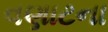
વણાટના